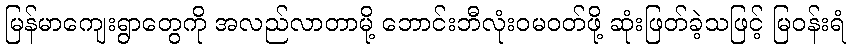
မြန်မာကျေးရွာတွေကို အလည်လာတာမို့ ဘောင်းဘီလုံးဝမဝတ်ဖို့ ဆုံးဖြတ်ခဲ့သဖြင့် မြဝန်းရံ